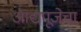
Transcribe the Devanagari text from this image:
आद्यपूजेचा